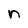
Character: n